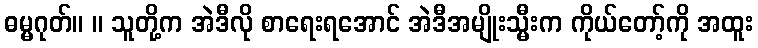
ဓမ္မဂုတ်။ ။ သူတို့က အဲဒီလို စာရေးရအောင် အဲဒီအမျိုးသ္မီးက ကိုယ်တော့်ကို အထူး